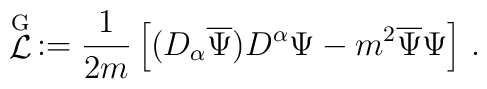
\stackrel{{\rm G}}{{\mathcal      L}}\,:=\frac{1}{2m}\left[(D_\alpha\overline{\Psi}    )D^\alpha\Psi-m^2\overline{\Psi}\Psi \right]\,.